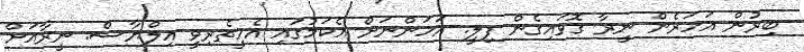
ބިރުން އަހަރެން ނީރާ ގޮވައިގެން ފިލީ. އަހަންނަށް އެކަމުގައި އެހީތެރިވީ އިލްޔާސް. ނީރާއަށް